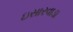
ઇસારવાડા